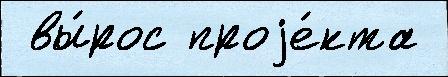
 вы́рос проjе́кта